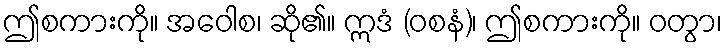
ဤစကားကို။ အဝေါစ၊ ဆို၏။ ဣဒံ (ဝစနံ)၊ ဤစကားကို။ ဝတွာ၊